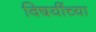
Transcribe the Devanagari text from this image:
विषयींच्या